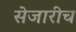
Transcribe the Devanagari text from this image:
सेजारीच